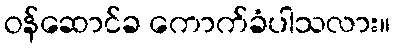
ဝန်ဆောင်ခ ကောက်ခံပါသလား။